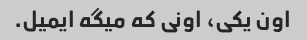
اون یکی، اونی که میگه ایمیل.